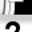
Digit: 2